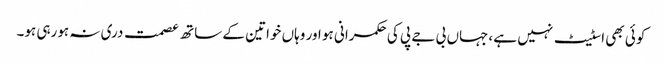
کوئی بھی اسٹیٹ نہیں ہے ،جہاں بی جے پی کی حکمرانی ہو اور وہاں خواتین کے ساتھ عصمت دری نہ ہورہی ہو۔